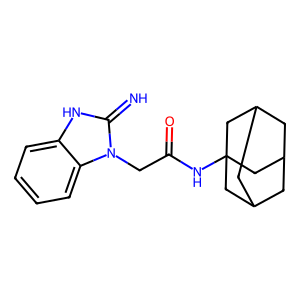
SMILES: N=c1[nH]c2ccccc2n1CC(=O)NC12CC3CC(CC(C3)C1)C2
Inhibits HIV replication: No